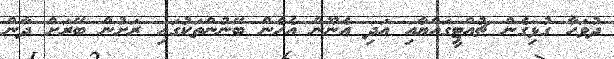
ދުވަހާ ގުޅިގެން ޗުއްޓީގައްޔާއި އަދި އެނޫން އެހެން ބޭނުންތަކުގައި ރަށުން ބޭރަށް ދާން